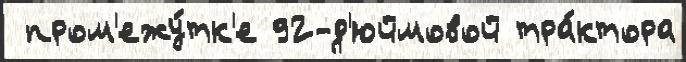
 пром'ежу́тк'е 92-д'юймовой тра́ктора